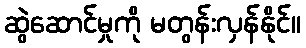
ဆွဲဆောင်မှုကို မတွန်းလှန်နိုင်။